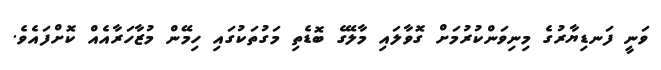
ވަނީ ފަނޑިޔާރުގެ މިނިވަންކުރުމަށް ގޮވާލައި މާލޭގެ ބޮޑެތި މަގުތަކުގައި ހިމޭން މުޒާހަރާއެއް ކޮށްފައެވެ.